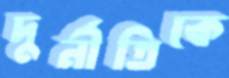
দুর্নীতিকে